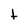
Character: t